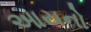
આયનો